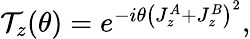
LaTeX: \begin{array}{r}{\mathcal{T}_{z}(\theta)=e^{-i\theta\left(J_{z}^{A}+J_{z}^{B}\right)^{2}},}\end{array}